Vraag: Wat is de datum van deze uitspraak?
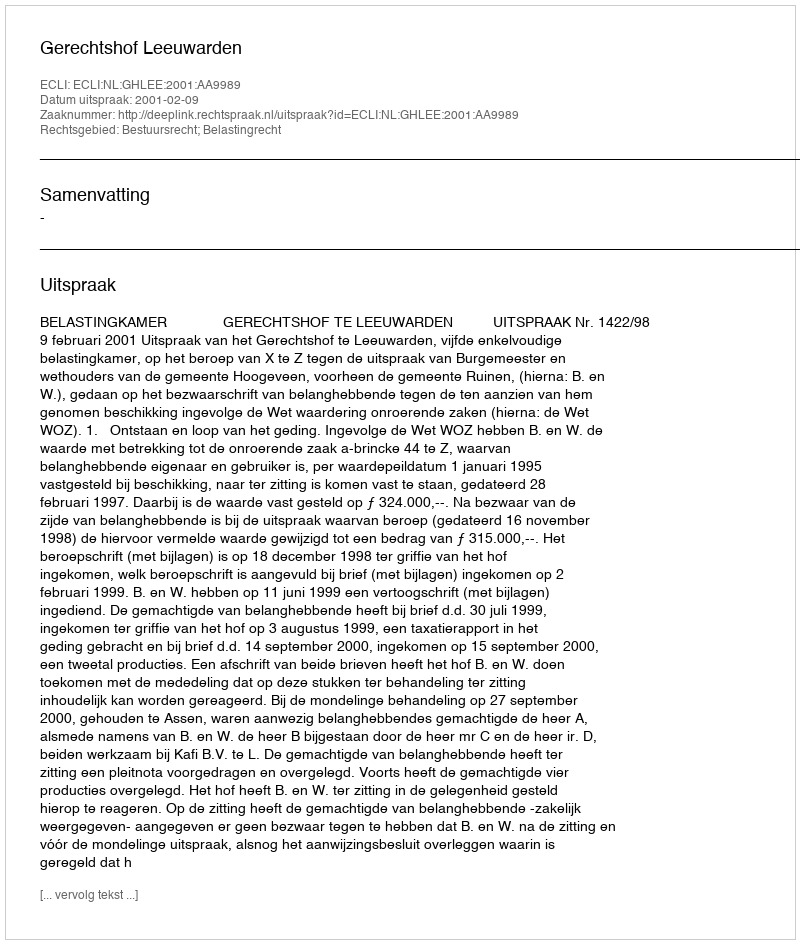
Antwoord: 2001-02-09